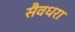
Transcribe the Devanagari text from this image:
सैवधरा